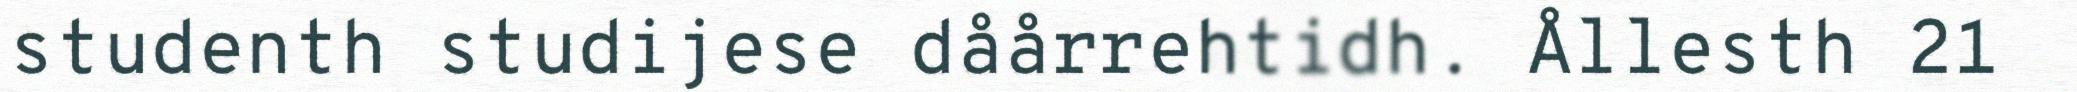
studenth studijese dåårrehtidh. Ållesth 21